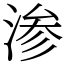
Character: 渗